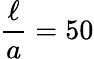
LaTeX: \frac{\ell}{a}=50